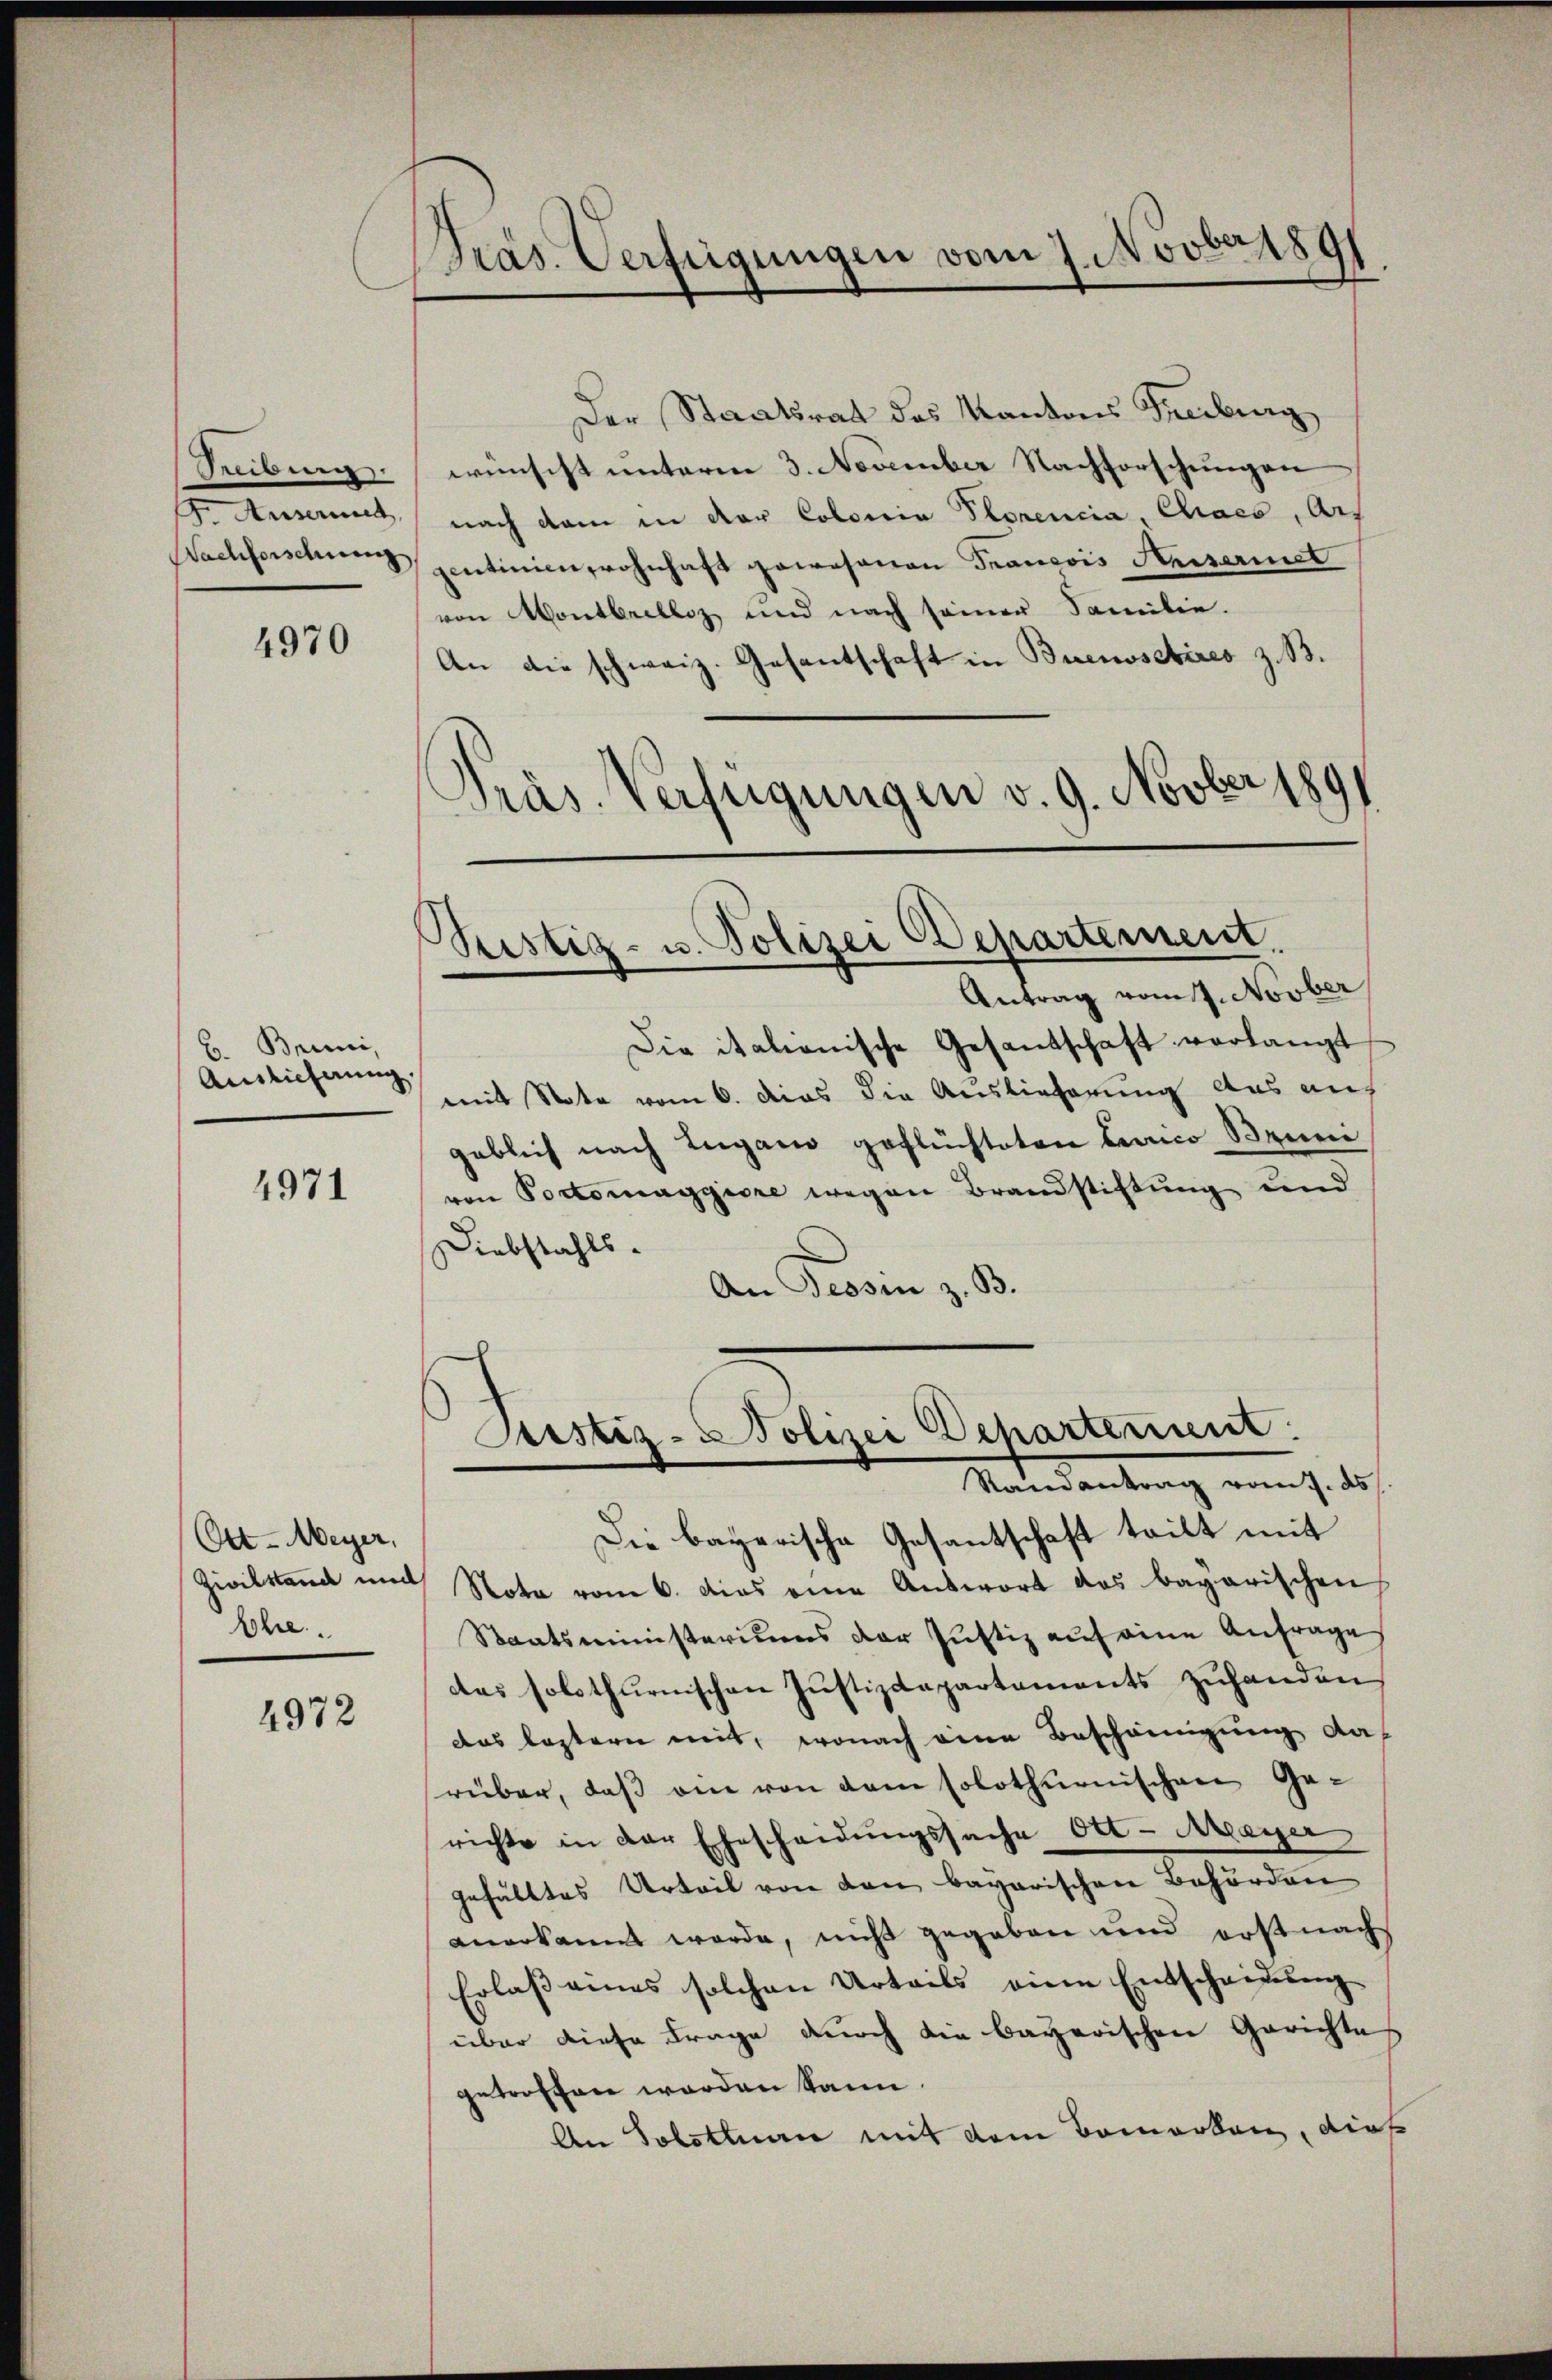
Rübung.
. Ausernet,
Wachforschieng,

4970

B. Brini,
Auslieferung

4971

Ott-Meyer,
Zivilstand und
bbe

4972

Pras. Verfügungen vom 7. Novber 1891

Sistig- u. Polizei Departement.
Antrag vom 7. Novber

Der Staatsrat des Kantons Freiburg
wünscht unterm 3. November Nachforschungen
nach dem in der Coloria Plorencia Chracs, Art
zentinien wohnhaft gewesenen Trancois Heiseriet
von Montbrelliz und nach seiner Familie.
An die schweiz. Gesantschaft in Buenoschires z. B.
Präs. Verfügungen v. 9. Novber 1891

Justiz-Polizei Departement
Ramantrag vom 7. ds.

Die italienische Gesantschaft verlangt
mit Note vom 6. dies die Auslieferung das auf
geblich nach Lugano geflüchteten Berico Bruni
von Portomaggiore wegen Brandstiftung und
Diebstahls-
An Tessin z. B.

Die bayerische Gesantschaft tritt mit
Note vom 6. dies eine Aŭswort das bagarischen
Staatsministeriums der Justiz auf eine Anfrage
das solothurnischen Jŭstizdepartements zŭhanden
das leztern mit, wonach eine Bescheinigung da
rüber, daß am von dem solothurnischen Ge-
richte in der Ehescheidŭngssache Ott-Arayer
gefülltes Urteil von den bayarischen Behörden
anerkannt werde, nicht gegeben und erst nach
Erlass annes solchen Urteils eine Entscheidesang
über diese Frage durch die bayerischen Gerichte
getroffen worden kann.
An Solothurn mit dem Bemerken, dies